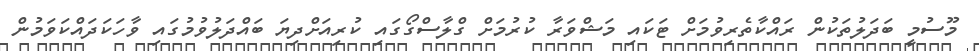
މޫސުމީ ބަދަލުތަކުން ރައްކާތެރިވުމަށް ޓަކައި މަޝްވަރާ ކުރުމަށް ގްލާސްގޯގައި ކުރިއަށްދިޔަ ބައްދަލުވުމުގައި ވާހަކަދައްކަވަމުން